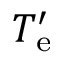
T _ { \mathrm { e } } ^ { \prime }